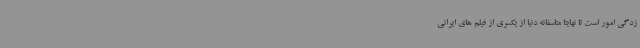
زدگی امور است تا نهایتا متاسفانه دنیا از یکسری از فیلم های ایرانی